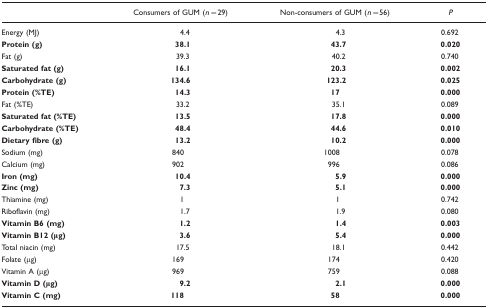
|  | Consumers of GUM (n=29) | Non-consumers of GUM (n=56) | P |
 | --- | --- | --- | --- |
 | Energy (MJ) | 4.4 | 4.3 | 0.692 |
 | Protein (g) | 38.1 | 43.7 | 0.020 |
 | Fat (g) | 39.3 | 40.2 | 0.740 |
 | Saturated fat (g) | 16.1 | 20.3 | 0.002 |
 | Carbohydrate (g) | 134.6 | 123.2 | 0.025 |
 | Protein (%TE) | 14.3 | 17 | 0.000 |
 | Fat (%TE) | 33.2 | 35.1 | 0.089 |
 | Saturated fat (%TE) | 13.5 | 17.8 | 0.000 |
 | Carbohydrate (%TE) | 48.4 | 44.6 | 0.010 |
 | Dietary fibre (g) | 13.2 | 10.2 | 0.000 |
 | Sodium (mg) | 840 | 1008 | 0.078 |
 | Calcium (mg) | 902 | 996 | 0.086 |
 | Iron (mg) | 10.4 | 5.9 | 0.000 |
 | Zinc (mg) | 7.3 | 5.1 | 0.000 |
 | Thiamine (mg) | 1 | 1 | 0.742 |
 | Riboflavin (mg) | 1.7 | 1.9 | 0.080 |
 | Vitamin B6 (mg) | 1.2 | 1.4 | 0.003 |
 | Vitamin B12 (μg) | 3.6 | 5.4 | 0.000 |
 | Total niacin (mg) | 17.5 | 18.1 | 0.442 |
 | Folate (μg) | 169 | 174 | 0.420 |
 | Vitamin A (μg) | 969 | 759 | 0.088 |
 | Vitamin D (μg) | 9.2 | 2.1 | 0.000 |
 | Vitamin C (mg) | 118 | 58 | 0.000 |